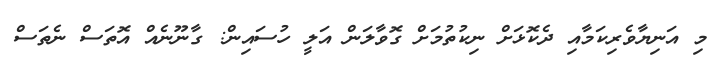
މި އަނިޔާވެރިކަމާއި ދެކޮޅަށް ނިކުތުމަށް ގޮވާލަން އަލީ ހުސައިން: ގާނޫނެއް އޮތަސް ނެތަސް